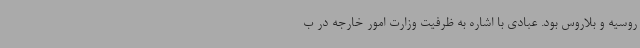
روسیه و بلاروس بود. عبادی با اشاره به ظرفیت وزارت امور خارجه در ب